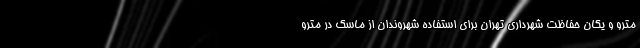
مترو و یگان حفاظت شهرداری تهران برای استفاده شهروندان از ماسک در مترو